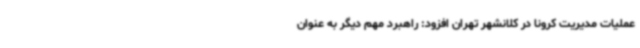
عملیات مدیریت کرونا در کلانشهر تهران افزود: راهبرد مهم دیگر به عنوان